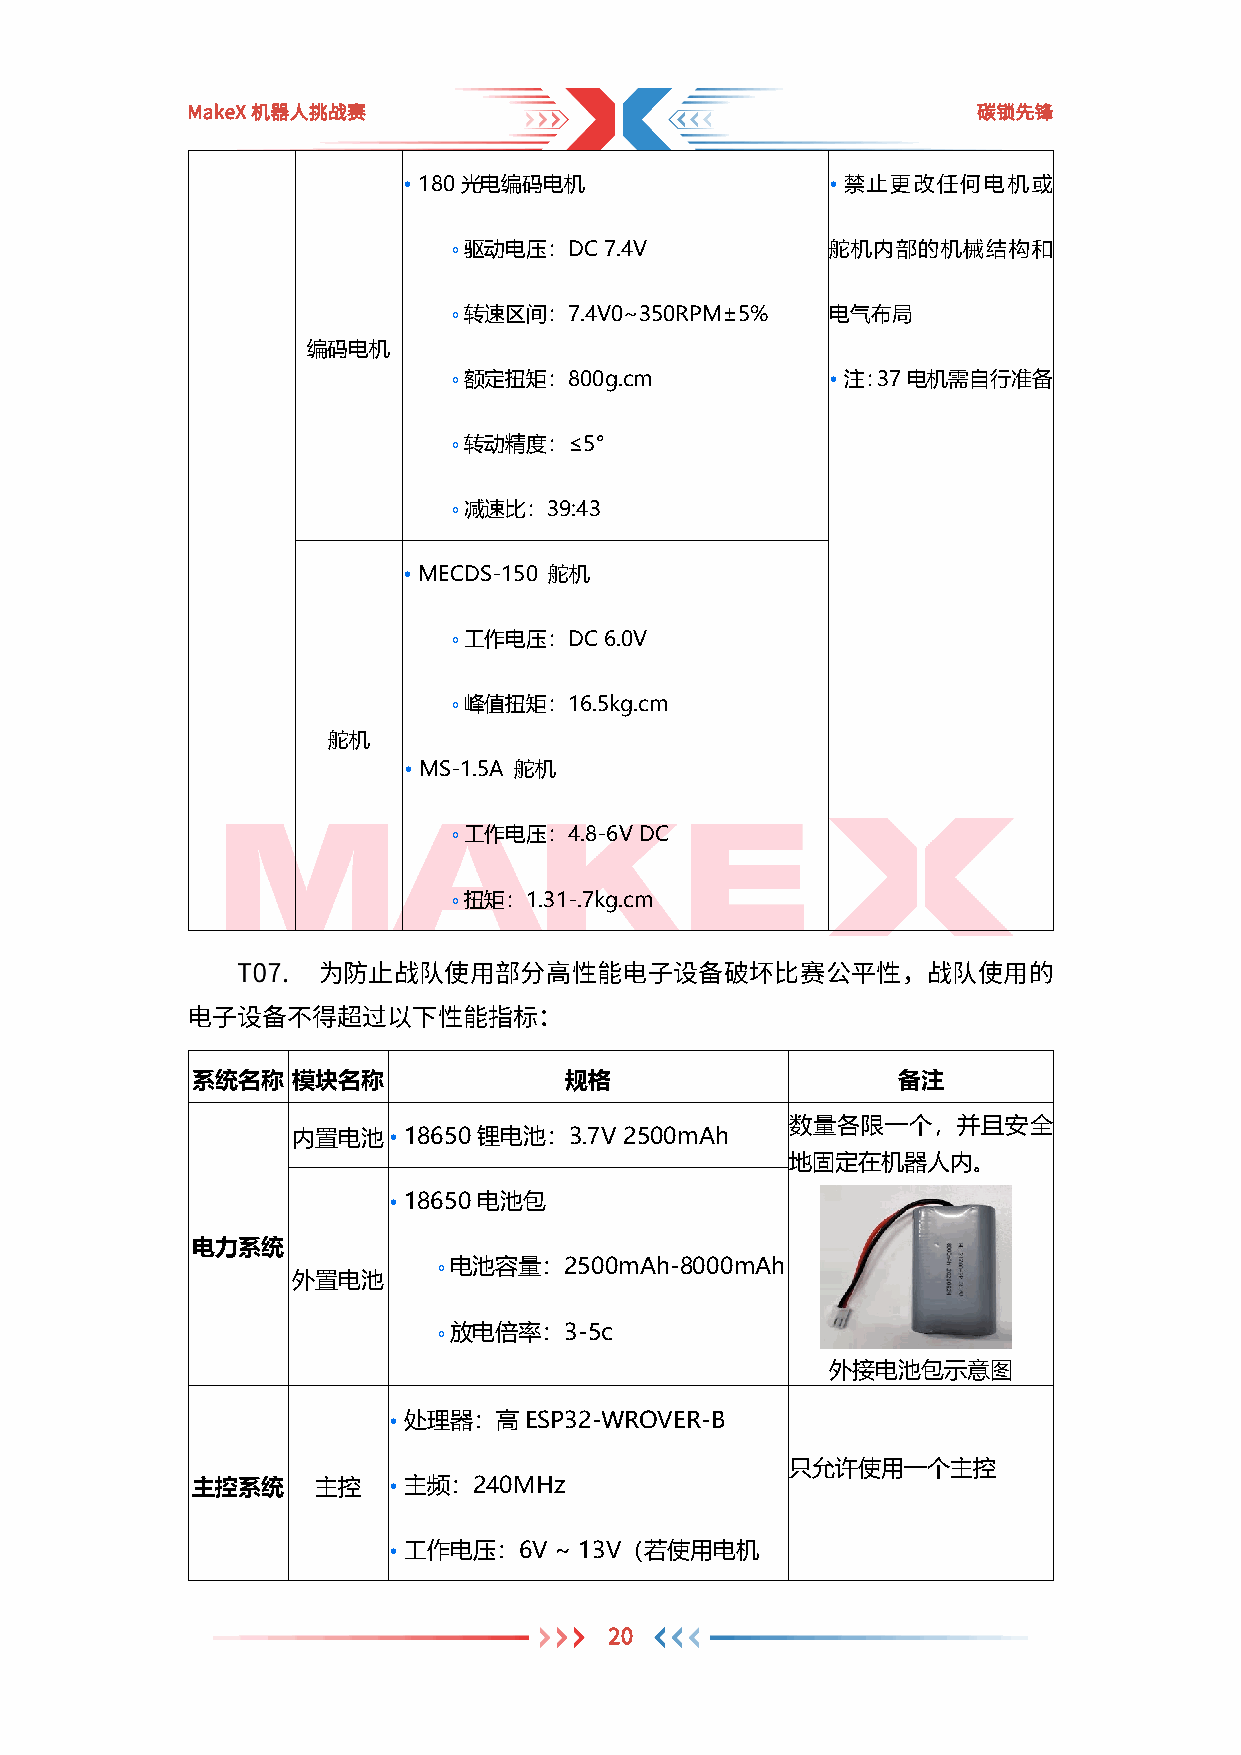
MakeX机器人挑战赛                                          碳锁先锋
 • 180光电编码电机                 • 禁止更改任何电机或
 ￮ 驱动电压：DC 7.4V           舵机内部的机械结构和
 ￮ 转速区间：7.4V0~350RPM±5%   电气布局
 编码电机
 ￮ 额定扭矩：800g.cm           • 注：37电机需自行准备
 ￮ 转动精度：≤5°
 ￮ 减速比：39:43
 • MECDS-150 舵机
 ￮ 工作电压：DC 6.0V
 ￮ 峰值扭矩：16.5kg.cm
 舵机
 • MS-1.5A 舵机
 ￮ 工作电压：4.8-6V DC
 ￮ 扭矩：1.31-.7kg.cm
 为防止战队使用部分高性能电子设备破坏比赛公平性，战队使用的
 电子设备不得超过以下性能指标：
 系统名称  模块名称              规格                    备注
 数量各限一个，并且安全
 内置电池   • 18650锂电池：3.7V 2500mAh
 地固定在机器人内。
 • 18650电池包
 电力系统
 ￮ 电池容量：2500mAh-8000mAh
 外置电池
 ￮ 放电倍率：3-5c
 外接电池包示意图
 • 处理器：高ESP32-WROVER-B
 只允许使用一个主控
 主控系统    主控   • 主频：240MHz
 • 工作电压：6V  ~ 13V（若使用电机
 20